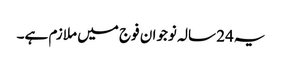
یہ24 سالہ نوجوان فوج میں ملازم ہے۔